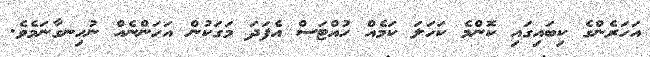
އަހަރެންގެ ކިބައިގައި ކޮންމެ ކަހަލަ ކަމެއް ހުއްޓަސް އެފަދަ މަގަކުން އަހަންނެއް ނުހިނގާނަމެވެ.